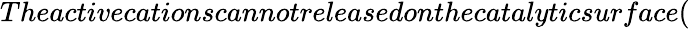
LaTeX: Theactivecationscannotreleasedonthecatalyticsurface(